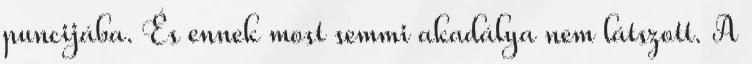
puncijába. És ennek most semmi akadálya nem látszott. A